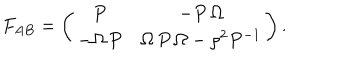
F _ { A B } = \left( \begin{array} { c c c } { { P } } & { { - P \, \Omega } } \\ { { - \Omega \, P } } & { { \Omega \, P \, \Omega - \rho ^ { 2 } P ^ { - 1 } } } \\ \end{array} \right) .